Annual report on the working of the lock hospitals in the North-Western Provinces and Oudh
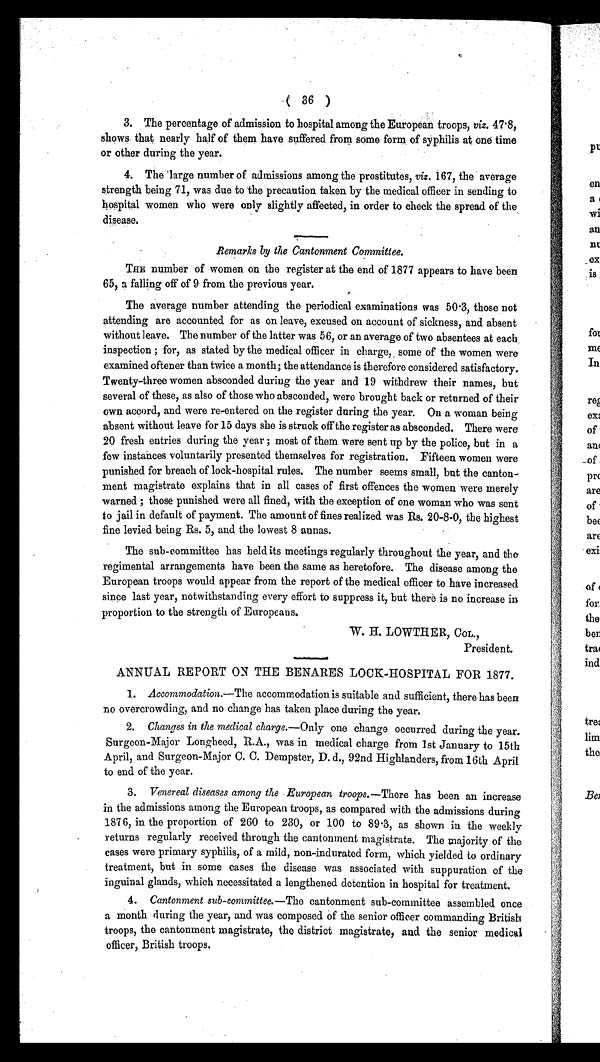
( 36 )
3. The percentage of admission to hospital among the European troops, viz. 47.8,
shows that nearly half of them have suffered from some form of syphilis at one time
or other during the year.
4. The large number of admissions among the prostitutes, viz. 167, the average
strength being 71, was due to the precaution taken by the medical officer in sending to
hospital women who were only slightly affected, in order to check the spread of the
disease.
Remarks by the Cantonment Committee.
THE number of women on the register at the end of 1877 appears to have been
65, a falling off of 9 from the previous year.
The average number attending the periodical examinations was 50.3, those not
attending are accounted for as en leave, excused on account of sickness, and absent
without leave. The number of the latter was 56, or an average of two absentees at each
inspection ; for, as stated by the medical officer in charge, some of the women were
examined oftener than twice a month; the attendance is therefore considered satisfactory.
Twenty-three women absconded during the year and 19 withdrew their names, but
several of these, as also of those who absconded, were brought back or returned of their
own accord, and were re-entered on the register during the year. On a woman being
absent without leave for 15 days she is struck off the register as absconded. There were
20 fresh entries during the year ; most of them were sent up by the police, but in a
few instances voluntarily presented themselves for registration. Fifteen women were
punished for breach of lock-hospital rules. The number seems small, but the canton-
ment magistrate explains that in all cases of first offences the women were merely
warned ; those punished were all fined, with the exception of one woman who was sent
to jail in default of payment. The amount of fines realized was Rs. 20-8-0, the highest
fine levied being Rs. 5, and the lowest 8 annas.
The sub-committee has held its meetings regularly throughout the year, and the
regimental arrangements have been the same as heretofore. The disease among the
European troops would appear from the report of the medical officer to have increased
since last year, notwithstanding every effort to suppress it, but there is no increase in
proportion to the strength of Europeans.
W. H. LOWTHER, COL.,
President.
ANNUAL REPORT ON THE BENARES LOCK. HOSPITAL FOR 1877.
1. Accommodation. —The accommodation is suitable and sufficient, there has been
no overcrowding, and no change has taken place during the year.
2. Changes in the medical charge.— Only one change occurred during the year.
Surgeon-Major Longheed, R.A., was in medical charge from 1st January to 15th
April, and Surgeon-Major C. C. Dempster, D. d., 92nd Highlanders, from 16th April
to end of the year.
3. Venereal diseases among the European troops. —There has been an increase
in the admissions among the European troops, as compared with the admissions during
1876, in the proportion of 260 to 230, or 100 to 89.3, as shown in the weekly
returns regularly received through the cantonment magistrate. The majority of the
cases were primary syphilis, of a mild, non-indurated form, which yielded to ordinary-
treatment, but in some cases the disease was associated with suppuration of the
inguinal glands, which necessitated a lengthened detention in hospital for treatment.
4. Cantonment sub-committee. —The cantonment sub-committee assembled once
a month during the year, and was composed of the senior officer commanding British
troops, the cantonment magistrate, the district magistrate, and the senior medical
officer, British troops.